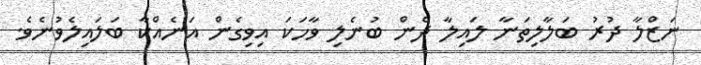
ނަޒްލާ ދުރު ބަލާލިތަނާ ލައިލާ ދެން ބުނެލި ވާހަކަ އިވިގެން އަނެއްކާ ބަލައިލެވުނެވެ.